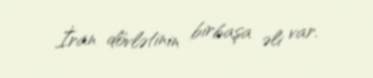
İran dövlətinin birbaşa əli var.